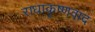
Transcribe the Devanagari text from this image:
राधाकृष्णवाद